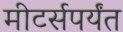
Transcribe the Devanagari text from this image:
मीटर्सपर्यंत